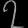
Digit: ၇